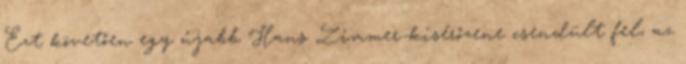
Ezt követően egy újabb Hans Zimmer-kísérőzene csendült fel, az